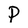
Character: P